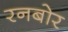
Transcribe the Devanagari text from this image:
रनबोर